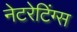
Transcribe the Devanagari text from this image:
नेटरेटिंग्स